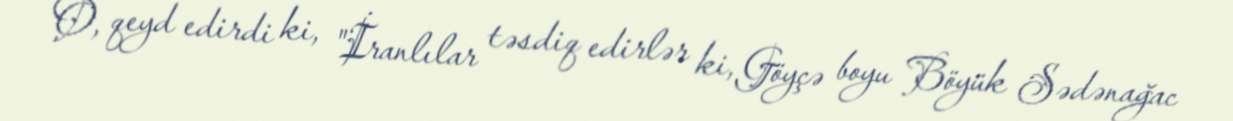
O, qeyd edirdi ki, "İranlılar təsdiq edirlər ki, Göyçə boyu Böyük Sədənağac